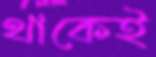
থাকেই